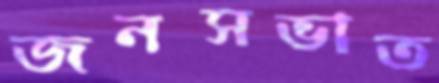
জনসভাত